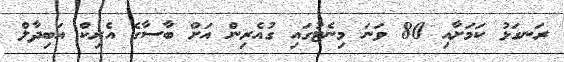
ރަނގަޅު ކަމަށާއި 80 ވަނަ މިނެޓުގައި ގުއެރިން އަށް ބާސާގެ އެރިކް އަބިދާލް